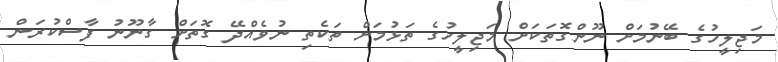
މަޖިލީހުގެ ބޭނުމަށް ނޫންގޮތަކަށް މަޖިލީހުގެ ތަޅުމަށް ތަކެތި ނުވެއްދޭ ގޮތަށް ގާނޫނު ފާސްކުރަން